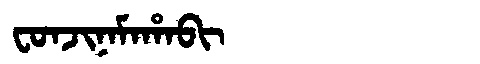
Manchu: ᠸᠣᠨᠵᡳᠨᠠᠮᠠᡥᠠᠪᡳ
Romanization: FONJINAMAHABI